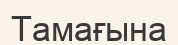
Тамағына